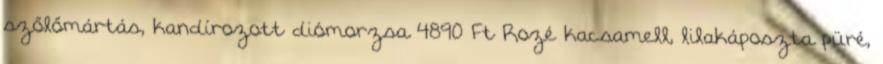
szőlőmártás, kandírozott diómorzsa 4890 Ft Rozé kacsamell, lilakáposzta püré,